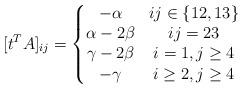
LaTeX: \begin{align*} [t^T A]_{ij} = \left\{\begin{matrix} -\alpha & ij \in \{12, 13\} \\ \alpha - 2\beta & ij = 23 \\ \gamma - 2\beta & i = 1, j \ge 4 \\ -\gamma & i \ge 2, j \ge 4\end{matrix}\right. \end{align*}